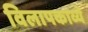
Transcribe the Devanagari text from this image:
विलापकाव्ये